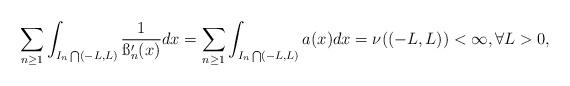
LaTeX: \begin{align*}\sum_{n\geq 1} \int_{I_n\bigcap (-L, L)}\frac{1}{\ss'_n(x)}dx=\sum_{n\geq 1} \int_{I_n\bigcap (-L, L)}a(x)dx=\nu((-L,L))<\infty, \forall L>0,\end{align*}